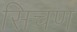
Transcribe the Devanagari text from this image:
सिचण